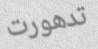
تدهورت